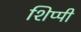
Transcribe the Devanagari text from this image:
शिप्पी